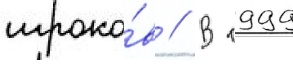
игроко́в // В 1999